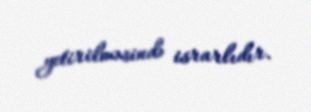
yetirilməsində israrlıdır.